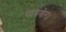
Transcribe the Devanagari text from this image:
पावशेर।